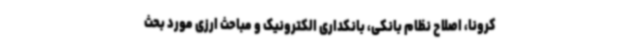
کرونا، اصلاح نظام بانکی، بانکداری الکترونیک و مباحث ارزی مورد بحث